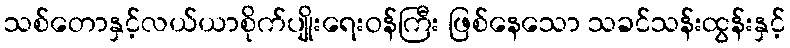
သစ်တောနှင့်လယ်ယာစိုက်ပျိုးရေးဝန်ကြီး ဖြစ်နေသော သခင်သန်းထွန်းနှင့်